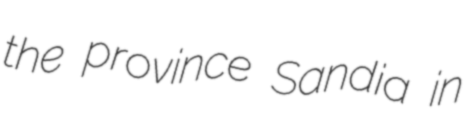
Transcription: the province Sandia in